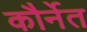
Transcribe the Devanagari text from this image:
कौर्नेत